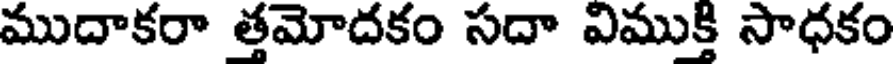
ముదాకరా త్తమోదకం సదా విముక్తి సాధకం